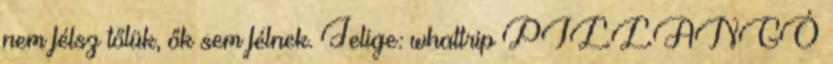
nem félsz tőlük, ők sem félnek. Jelige: whattrip PILLANGÓ